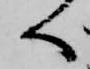
へ